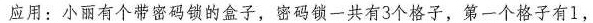
应用：小丽有个带密码锁的盒子，密码锁一共有3个格子，第一个格子有1，